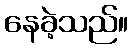
နေခဲ့သည်။